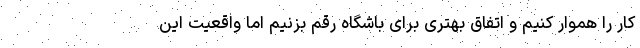
کار را هموار کنیم و اتفاق بهتری برای باشگاه رقم بزنیم اما واقعیت این